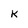
Character: k